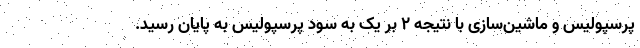
پرسپولیس و ماشین‌سازی با نتیجه ۲ بر یک به سود پرسپولیس به پایان رسید.